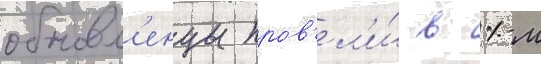
обновл'енцы пров'ел'и́ в 1-м